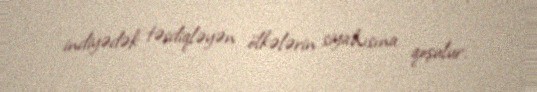
indiyədək təsdiqləyən ölkələrin siyahısına qoşulur.